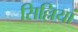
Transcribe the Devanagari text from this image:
सिल्लियां